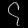
Digit: ၄